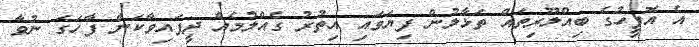
އެ އޮފީހުގެ ބިއްލޫރިތައް ތަޅާލުން ފިޔަވައި އިތުރު ގެއްލުމެއް ދީފައިވާކަން ފާހަގަ ނުވާ